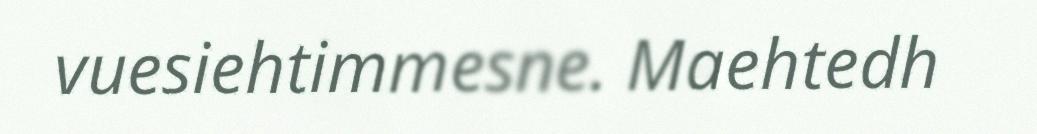
vuesiehtimmesne. Maehtedh